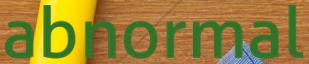
abnormal